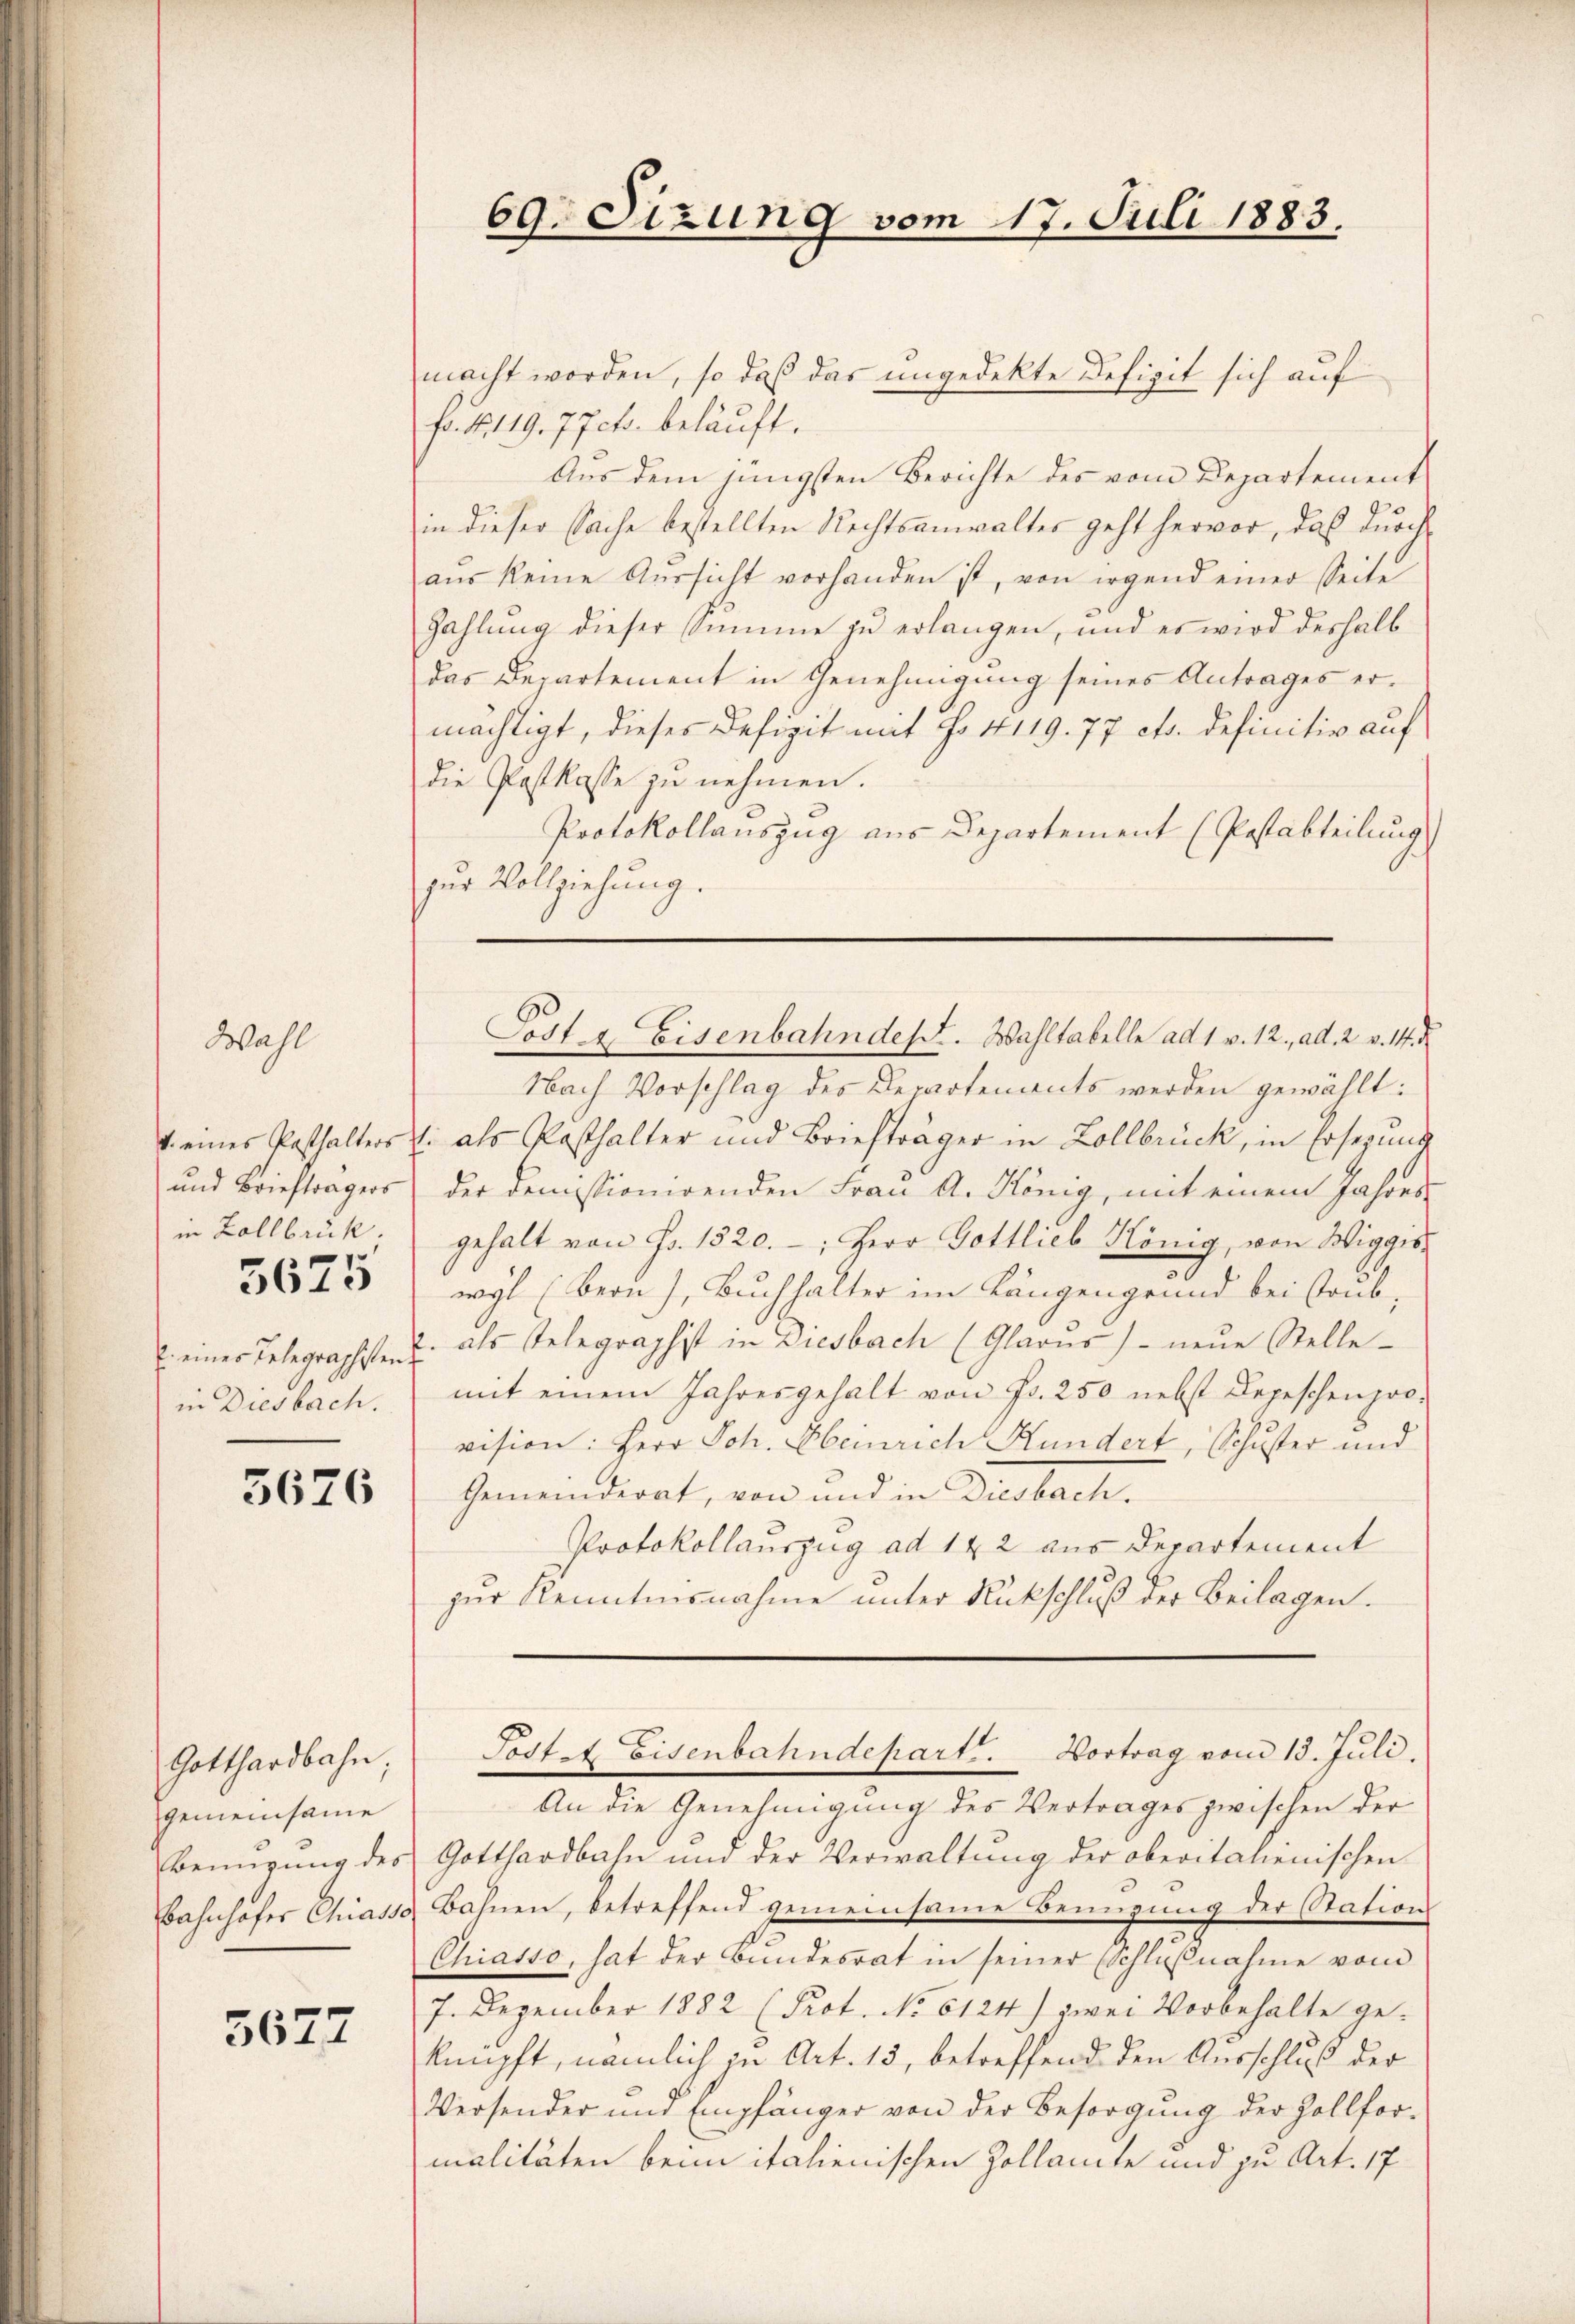
Wahl

v. eines Pasthalters
und Briefträgers
in Zollbrück.

5675

E. eines Telegraschsten
in Diesbach.

5676

Gotthardbahn;
gemeinsame
Bemigung des
Bahnhofer Chiasso

5677

69. Sizung vom 17. Juli 1883.

macht worden, so daß das ungedekte Defizit sich auf
fo. N. 119. 77cts. beläuft.
Aus dem jüngsten Berichte des vom Departement
in dieser Sache bestellten Rechtsanwalter geht hervor, das durch
aus keine Aŭssicht vorhanden ist, von irgend einer Seite
Zahlung dieser Summe zu erlangen, und es wird deshalb
das Departement in Genehmigung seines Antrages ermächtigt, dieses Defizit mit No 4119. 77 cts. definitiv auf
die Postkasse zu nehmen.
Protokollauszug aus Departement (Postabteilung
zur Vollziehung.
Nach Vorschlag des Departements werden gewählt:
1. als Posthalter und Briefträger in Zollbrück, in Ersezung
der demissionirenden Frau A. König, mit einem Jahres
gehalt von Fr. 1320.-, Herr Gottlieb König, von Wiggis-
wyl (Bern), Buchhalter im Längengrund bei staub,
. als Telegraphist in Diesbach (Glarus) neŭe Stelle
mit einem Jahresgehalt von Fr. 250 nebst Depeschenprovision: Herr Joh. Oberrich Kundert, Schuster und
Gemeinderat, von und in Dusbach.
Protokollauszug ad 142 aus Departement
zur Kenntnisnahme unter Rückschluß der Beilagen.
Postet Eisenbahndepart. Vortrag vom 13. Juli
An die Genehmigung des Vertrages zwischen der
Gotthardbahn und der Verwaltung der oberitalienischen
Bahnen, betreffend gemeinsame Benuzung der Station
Chiasso, hat der Bundesrat in seiner Schlußnahme vom
7. Dezember 1882 (Prot. No 6124) zwei Vorbehalte geknüpft, nämlich zu Art. 13, betreffend den Ausschluß der
Versender und Empfänger von der Besorgung der Zollfor-
malitäten beim italienischen Zollamte und zu Art. 17

Post & Eisenbahndest. Wahltabelle ad 1 v. 12. ad. 2. v. 14. d.